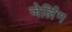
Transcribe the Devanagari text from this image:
जेर्लिंग